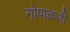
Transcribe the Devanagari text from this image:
गोपाळजी